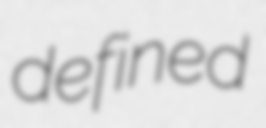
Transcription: defined